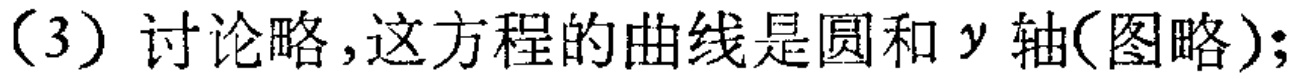
（3）讨论略,这方程的曲线是圆和\(y\)轴(图略);